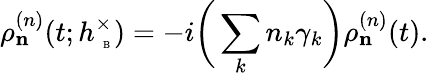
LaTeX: \rho_{\mathbf n}^{(n)}(t;h_{\mathrm{~\tiny~B~}}^{\times})=-i\bigg(\sum_{k}n_{k}\gamma_{k}\bigg)\rho_{\mathbf n}^{(n)}(t).